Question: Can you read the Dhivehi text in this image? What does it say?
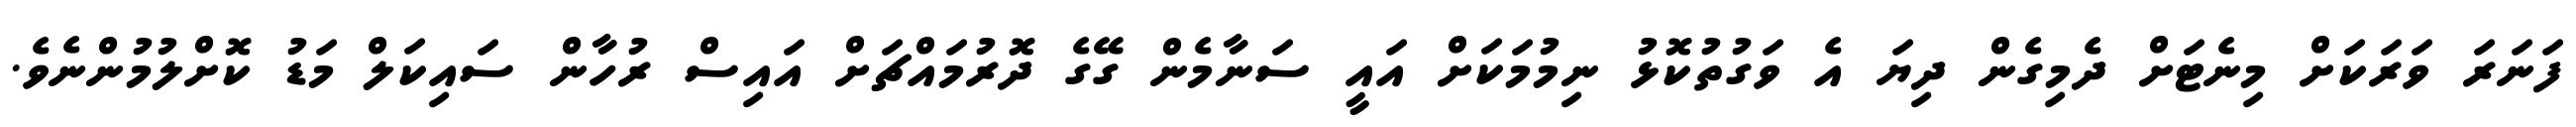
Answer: ފަނަރަ ވަރަކަށް މިނެޓަށް ދެމިގެން ދިޔަ އެ ވަގުތުކޮޅު ނިމުމަކަށް އައީ ސަނާމެން ގޭގެ ދޮރުމައްޗަށް އައިސް ރުހާން ސައިކަލް މަޑު ކޮށްލުމުންނެވެ.